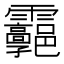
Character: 𩇊